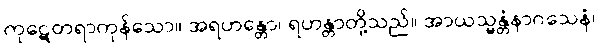
ကုဋေတရာကုန်သော။ အရဟန္တော၊ ရဟန္တာတို့သည်။ အာယသ္မန္တံနာဂသေနံ၊